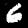
Digit: 6